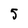
Character: 5